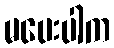
မပေးပါက